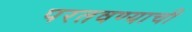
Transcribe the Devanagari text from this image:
परतवण्याची